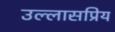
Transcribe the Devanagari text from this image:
उल्लासप्रिय